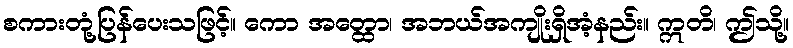
စကားတုံ့ပြန်ပေးသဖြင့်။ ကော အတ္ထော၊ အဘယ်အကျိုးရှိအံ့နည်း။ ဣတိ၊ ဤသို့။